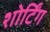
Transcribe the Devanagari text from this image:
शोर्टिंग